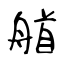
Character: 艏